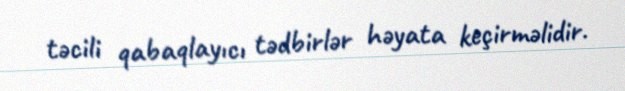
təcili qabaqlayıcı tədbirlər həyata keçirməlidir.